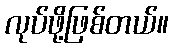
လုပ်ဖို့ဖြစ်တယ်။